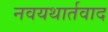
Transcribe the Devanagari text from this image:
नवयथार्तवाद